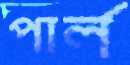
পার্ল